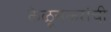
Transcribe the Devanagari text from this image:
केळूसकरांची